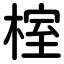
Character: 榁